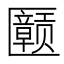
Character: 𪟲